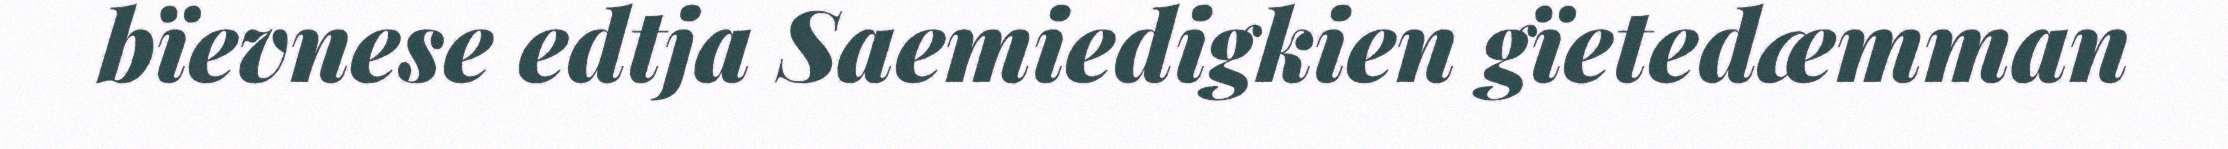
bïevnese edtja Saemiedigkien gïetedæmman